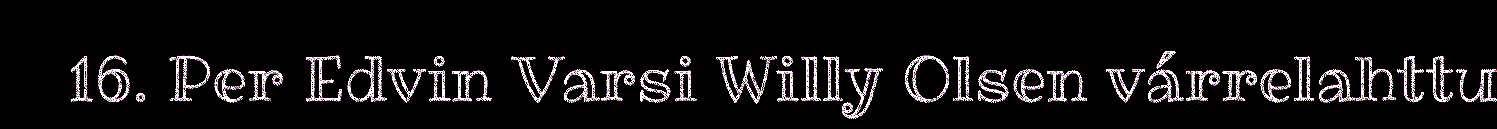
16. Per Edvin Varsi Willy Olsen várrelahttu